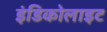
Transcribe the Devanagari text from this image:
इंडिकोलाइट